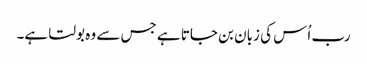
رب اُس کی زبان بن جاتا ہے جس سے وہ بولتا ہے۔